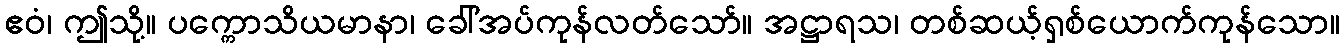
ဧဝံ၊ ဤသို့။ ပက္ကောသိယမာနာ၊ ခေါ်အပ်ကုန်လတ်သော်။ အဋ္ဌာရသ၊ တစ်ဆယ့်ရှစ်ယောက်ကုန်သော။